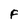
Character: F